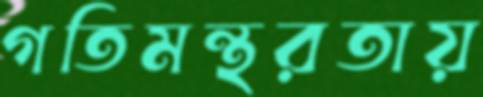
গতিমন্থরতায়